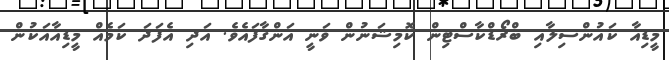
މީޑިއާ ކައުންސިލާއި ބްރޯޑްކާސްޓިން ކޮމިޝަނުން ވަނީ އަންގާފައެވެ. އަދި އެފަދަ ކަމެއް މީޑިއާއަކުން